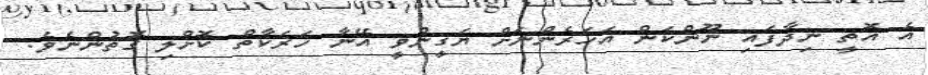
އެ އޮތީ ނިދާފައި ނޫންކަން އަހަރެންނަށް ޔަޤީންވީ އޭނާ ހަރަކާތް ކޮށްލި ގޮތުންނެވެ.